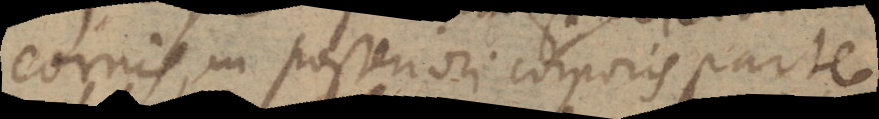
cornis, in posteriori corporis parte